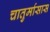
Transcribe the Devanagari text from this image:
चातुर्मासास